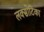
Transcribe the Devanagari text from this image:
लक्सोटिका